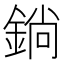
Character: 鋿